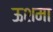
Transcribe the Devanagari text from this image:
ऊशमा